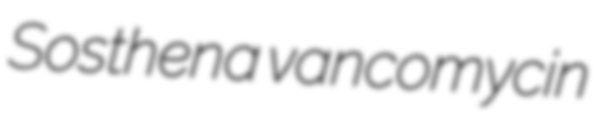
Sosthena vancomycin